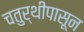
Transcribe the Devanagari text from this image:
चतुर्थीपासून